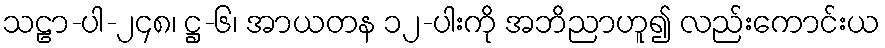
သဠာ-ပါ-၂၄၈၊ ဋ္ဌ-၆၊ အာယတန ၁၂-ပါးကို အဘိညာဟူ၍ လည်းကောင်းယ